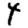
Digit: 4